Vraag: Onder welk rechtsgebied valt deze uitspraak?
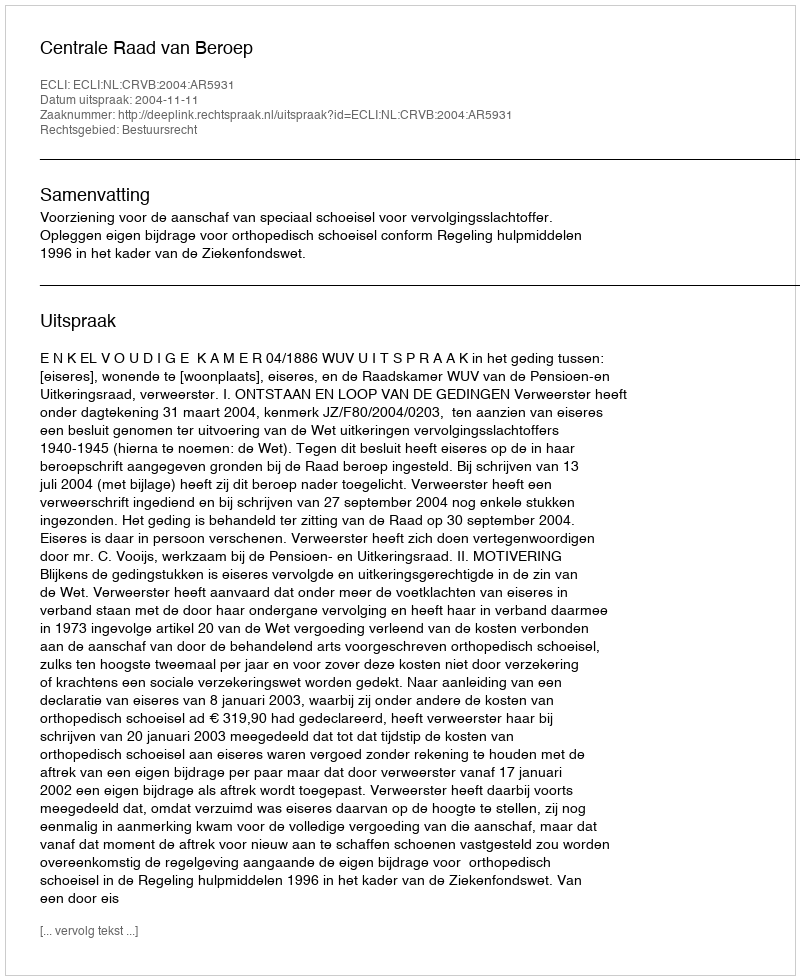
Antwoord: Bestuursrecht